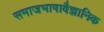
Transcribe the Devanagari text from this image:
समाजभाषावैज्ञानिक